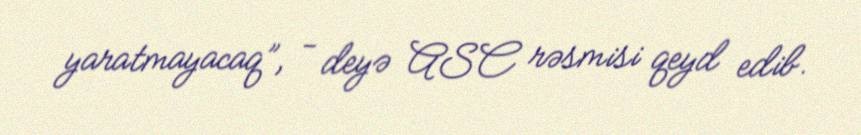
yaratmayacaq”, - deyə ASC rəsmisi qeyd edib.